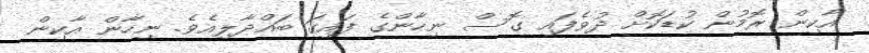
އާކިން ރޮމުން ކުޑަކޮށް ދުވެފައި ގޮސް ނިހާންގެ ފައިގަ ބައްދާލިއެވެ. ނިހާން އާކިން